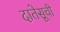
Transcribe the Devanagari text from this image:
दातेसूची